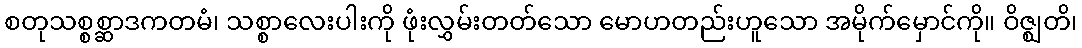
စတုသစ္စစ္ဆာဒကတမံ၊ သစ္စာလေးပါးကို ဖုံးလွှမ်းတတ်သော မောဟတည်းဟူသော အမိုက်မှောင်ကို။ ဝိဇ္ဈတိ၊